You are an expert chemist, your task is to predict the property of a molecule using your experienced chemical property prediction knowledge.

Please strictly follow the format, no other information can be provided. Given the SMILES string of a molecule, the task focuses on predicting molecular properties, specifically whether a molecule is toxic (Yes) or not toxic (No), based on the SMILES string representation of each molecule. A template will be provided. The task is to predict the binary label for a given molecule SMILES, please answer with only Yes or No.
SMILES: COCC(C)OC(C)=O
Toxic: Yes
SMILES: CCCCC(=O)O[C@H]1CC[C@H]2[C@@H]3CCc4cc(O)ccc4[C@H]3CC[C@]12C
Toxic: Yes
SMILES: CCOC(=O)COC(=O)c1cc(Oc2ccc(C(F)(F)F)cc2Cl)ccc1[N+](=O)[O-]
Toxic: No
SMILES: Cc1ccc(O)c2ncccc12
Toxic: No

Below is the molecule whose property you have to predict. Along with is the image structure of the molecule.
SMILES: CC(C)(O)CCCC1=CCC(C=O)CC1
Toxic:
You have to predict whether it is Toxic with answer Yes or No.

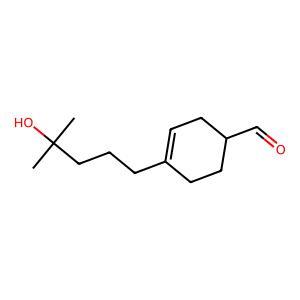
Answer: No